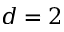
d = 2